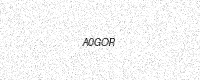
Text: A0GOR